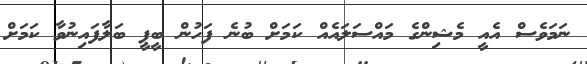
ނަމަވެސް އެއީ މެޝިންގެ މައްސަލައެއް ކަމަށް ބުނެ ފަހުން ބީޕީ ބަލާފައިނުވާ ކަމަށް